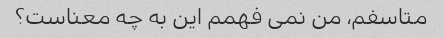
متاسفم، من نمی فهمم این به چه معناست؟